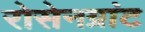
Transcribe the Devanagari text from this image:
रोसेनग्रांट